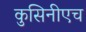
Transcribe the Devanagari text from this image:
कुसिनीएच